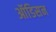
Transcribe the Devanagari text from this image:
ऑडिसन